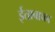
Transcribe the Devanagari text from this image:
ईताबाका